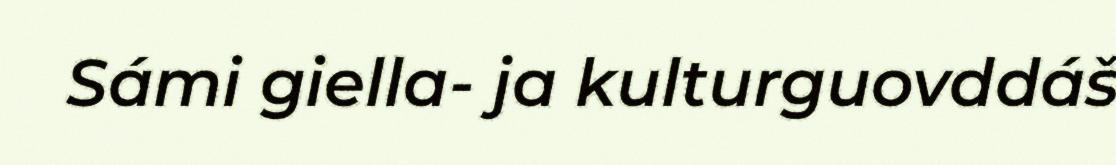
Sámi giella- ja kulturguovddáš